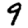
Digit: 9